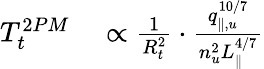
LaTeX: \begin{array}{rl}{T_{t}^{2PM}}&{{}\propto\frac{1}{R_{t}^{2}}\cdot\frac{q_{\parallel,u}^{10/7}}{n_{u}^{2}L_{\parallel}^{4/7}}}\end{array}